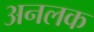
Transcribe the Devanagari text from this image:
अनलक